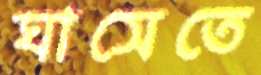
ঘাসেতে